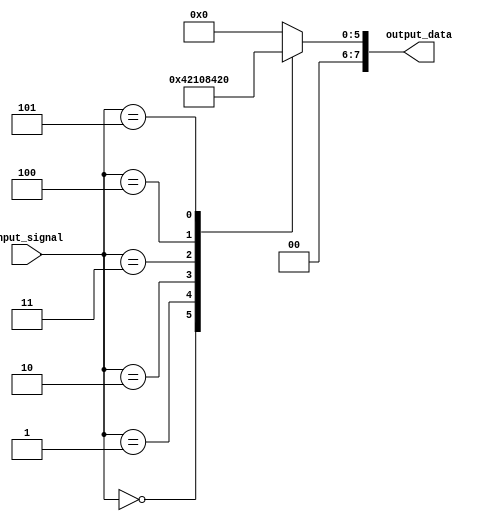
module full_case_statement (
    input wire [3:0] input_signal,
    output reg [7:0] output_data
);

always @* begin
    case(input_signal)
        4'b0000: output_data = 8'b00000001; // if input_signal is 0000, output_data is 00000001
        4'b0001: output_data = 8'b00000010; // if input_signal is 0001, output_data is 00000010
        4'b0010: output_data = 8'b00000100; // if input_signal is 0010, output_data is 00000100
        4'b0011: output_data = 8'b00001000; // if input_signal is 0011, output_data is 00001000
        4'b0100: output_data = 8'b00010000; // if input_signal is 0100, output_data is 00010000
        4'b0101: output_data = 8'b00100000; // if input_signal is 0101, output_data is 00100000
        default: output_data = 8'b00000000; // for any other input_signal, output_data is 00000000
    endcase
end

endmodule